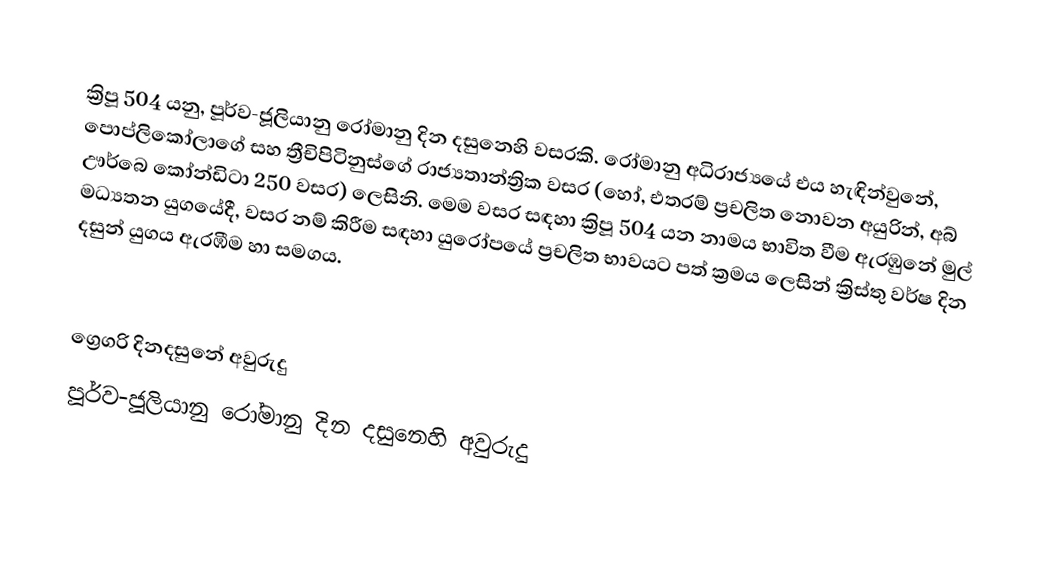

ක්‍රිපූ 504 යනු, පූර්ව-ජූලියානු රෝමානු දින දසුනෙහි වසරකි. රෝමානු අධිරාජ්‍යයේ එය හැඳින්වුනේ, පොප්ලිකෝලාගේ සහ ත්‍රීචිපිටිනුස්ගේ රාජ්‍යතාන්ත්‍රික වසර (හෝ, එතරම් ප්‍රචලිත නොවන අයුරින්, අබ් ඌර්බෙ කෝන්ඩිටා 250 වසර) ලෙසිනි. මෙම වසර සඳහා ක්‍රිපූ 504 යන නාමය භාවිත වීම ඇරඹුනේ මුල්  මධ්‍යතන යුගයේදී, වසර නම් කිරීම සඳහා යුරෝපයේ ප්‍රචලිත භාවයට පත් ක්‍රමය ලෙසින් ක්‍රිස්තු වර්ෂ දින දසුන් යුගය ඇරඹීම හා සමගය.

ග්‍රෙගරි දිනදසුනේ අවුරුදු
පූර්ව-ජූලියානු රෝමානු දින දසුනෙහි අවුරුදු